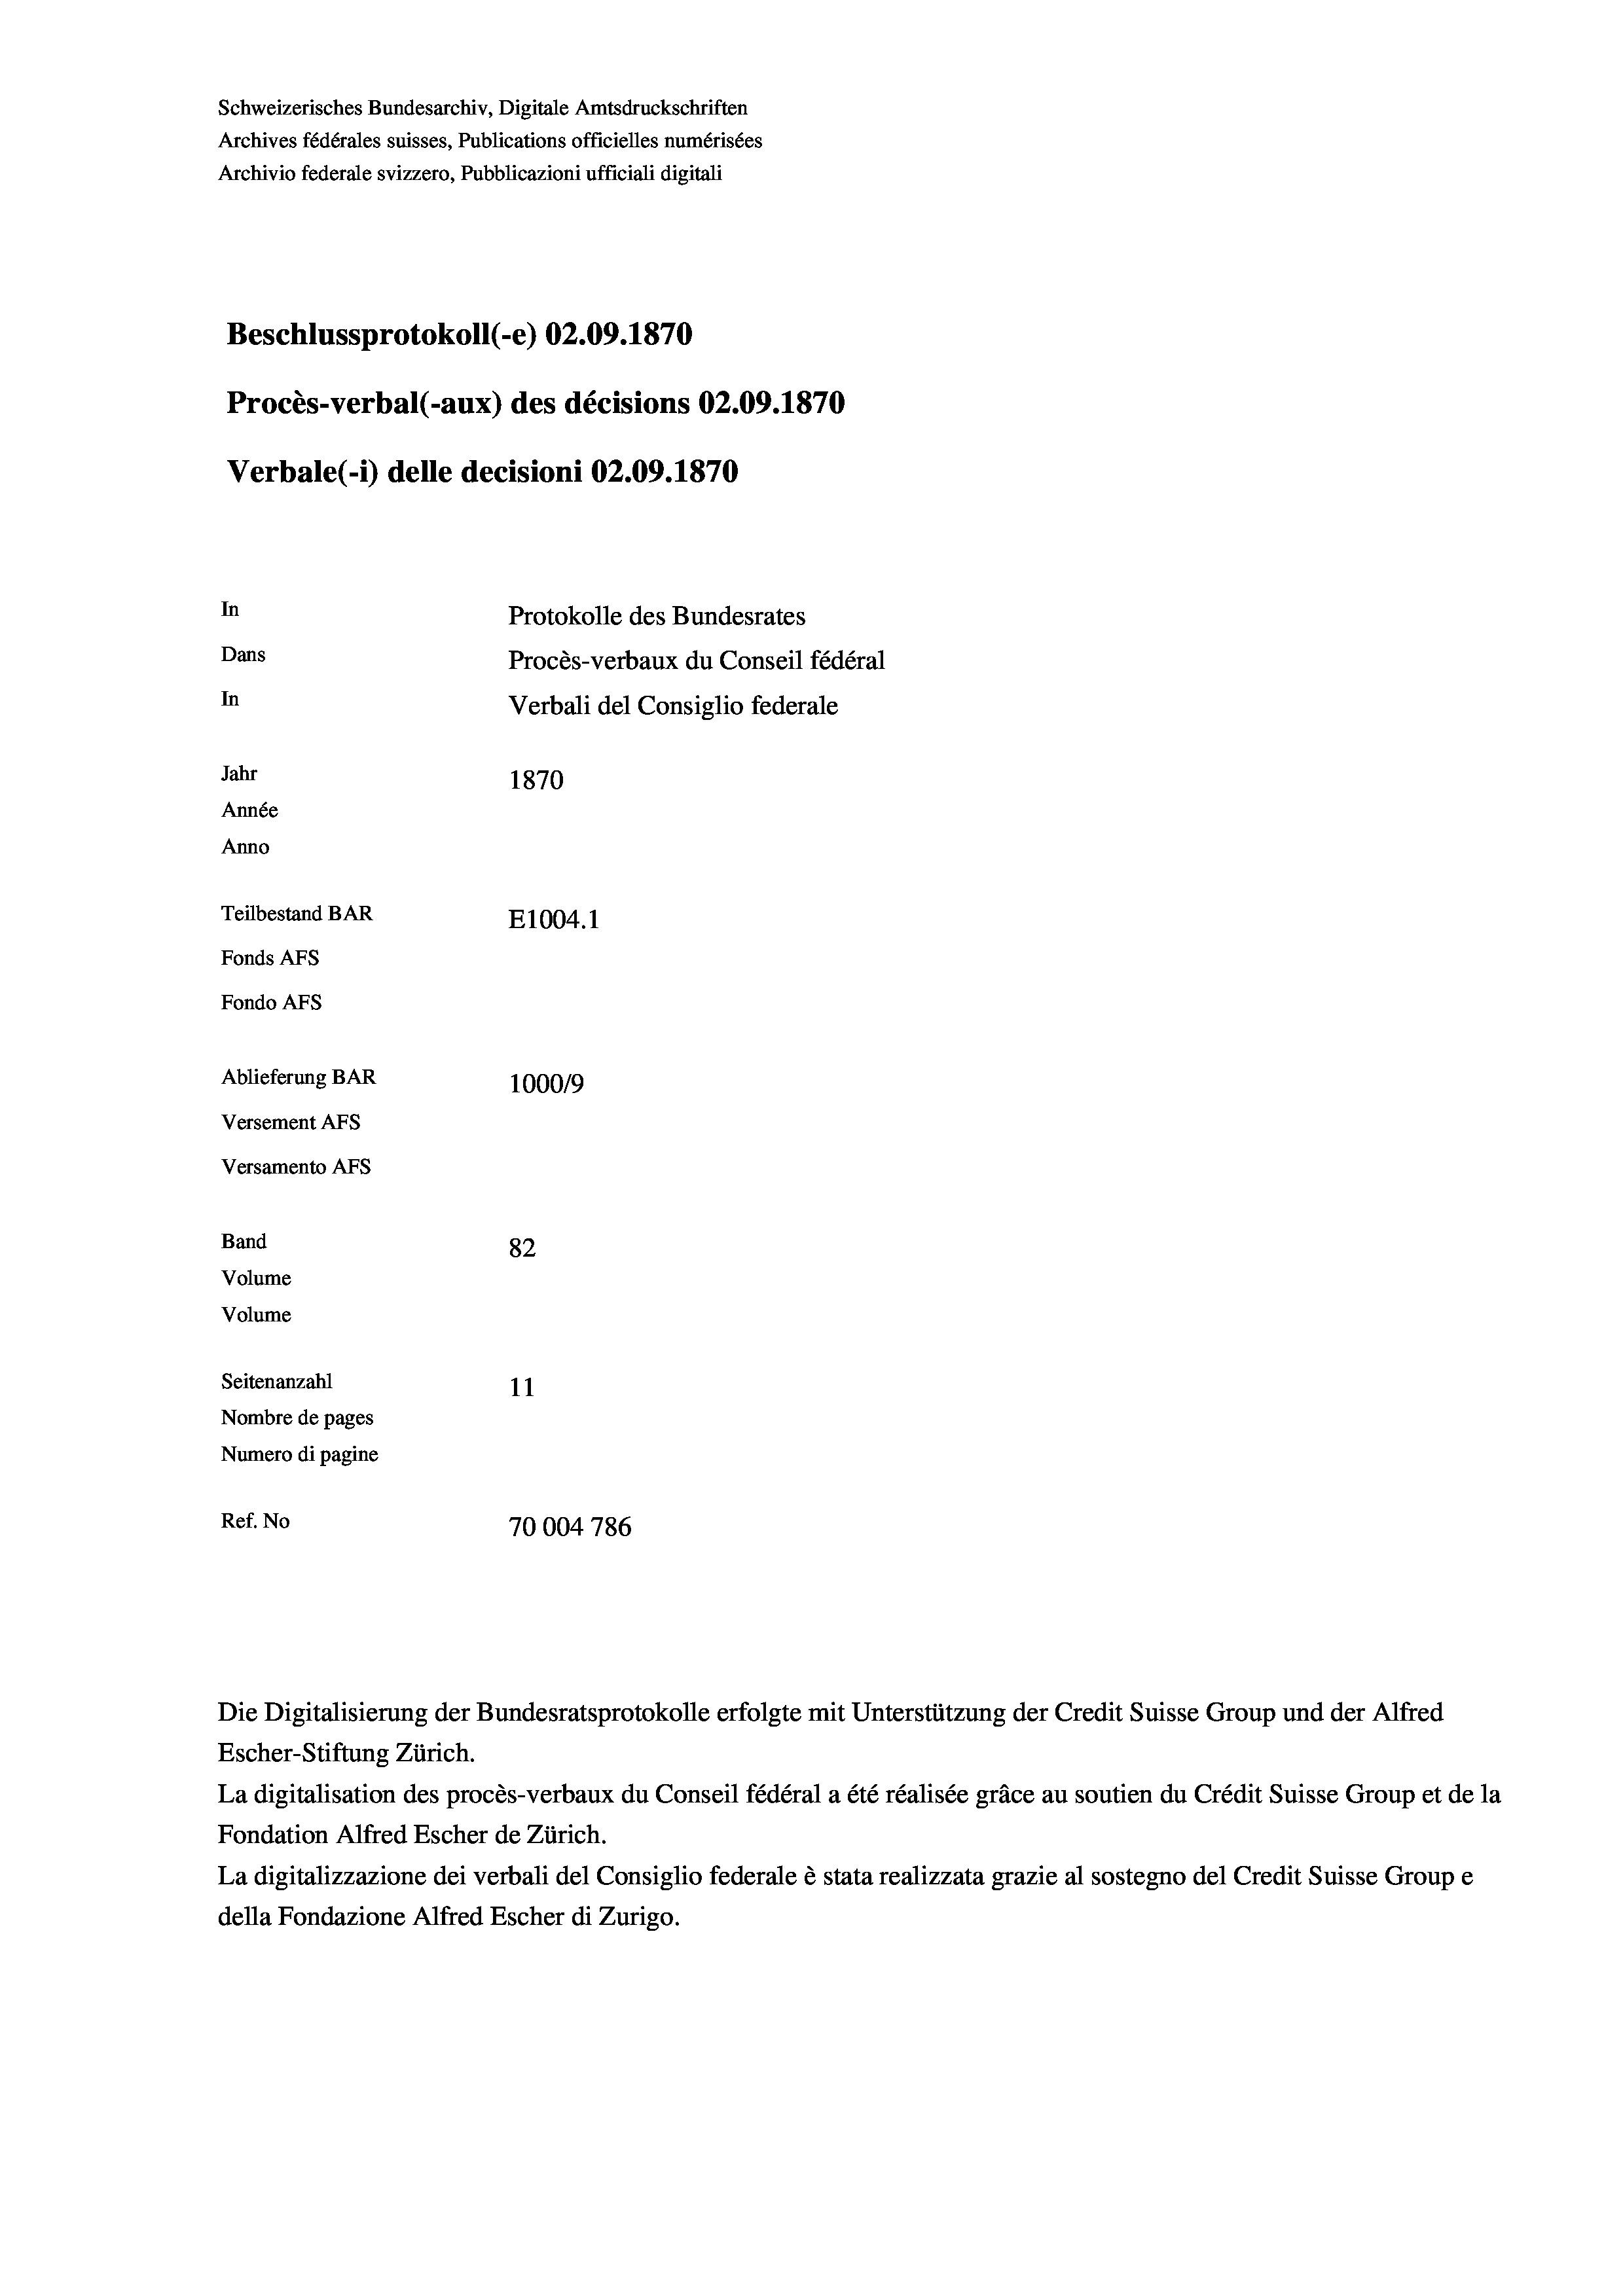
Schweizerisches Bundesarchiv, Digitale Amtsdruckschriften
Archives fédérales suisses, Publications officielles numérisées
Archivio federale svizzero, Pubblicazioni ufficiali digitali
Beschlussprotokoll (-e) 02.09. 1870
Procès-verbal (-aux) des décisions 02.09. 1870
Verbale(-*) delle decisioni 02.09. 1870
In
Protokolle des Bundesrates
Dans
Procès-verbaux du Conseil fédéral
In
Verbali del Consiglio federale
Jahr
1870
Année
Anno
Teilbestand BAR
E1004. 1
Fonds Afs
Fondo AFs

Ablieferung BAR
Versement AFS
Versamento Afs
Band
Volume
Volume

1000/9
82
Seitenanzahl
11
Nombre de pages
Numero di pagine
Ref. No
70004 786

Escher-Stiftung Zürich.
La digitalisation des procès-verbaux du Conseil fédéral a été réalisée gräce au soutien du Crédit Suisse Group et de la
Fondation Alfred Escher de Zürich.
La digitalizzazione dei verbali del Consiglio federale è stata realizzata grazie al sostegno del Credit Suisse Groupe
della Fondazione Alfred Escher di Zurigo.

Die Digitalisierung der Bundesratsprotokolle erfolgte mit Unterstützung der Credit Suisse Group und der Alfred